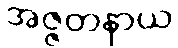
အဇ္ဇတနာယ